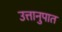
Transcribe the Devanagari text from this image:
उत्तानुपात